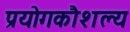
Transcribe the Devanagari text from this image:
प्रयोगकौशल्य